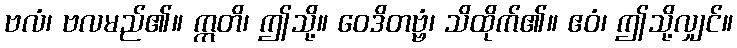
ဗလံ၊ ဗလမည်၏။ ဣတိ၊ ဤသို့။ ဝေဒိတဗ္ဗံ၊ သိထိုက်၏။ ဧဝံ၊ ဤသို့လျှင်။